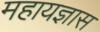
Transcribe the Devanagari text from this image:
महायज्ञास